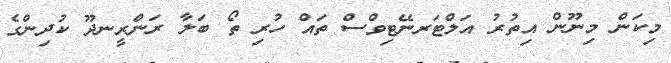
މިކަން މިނޫން އިތުރު އަލްޓަރނޭޓިވްސް ތައް ހުރި ތޯ ބަލާ ރަންރީނދޫ ކުދިންގެ